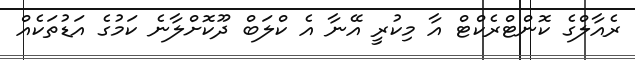
ރެއާލްގެ ކޮންޓްރެކްޓް އާ މިކުރީ އޭނާ އެ ކްލަބް ދޫކޮށްލާނެ ކަމުގެ އަޑުތަކެއް